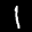
Label: 1